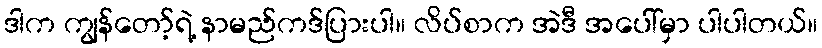
ဒါက ကျွန်တော့်ရဲ့ နာမည်ကဒ်ပြားပါ။ လိပ်စာက အဲဒီ အပေါ်မှာ ပါပါတယ်။